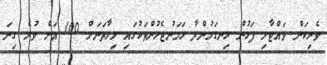
ވެރިކަން ވައްޓާލި ފަހުން ހިނގަމުންދާ ހަމަނުޖެހުންތަކުގައި މިހާތަނަށް 100 އަށް ވުރެ ގިނަ